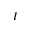
I